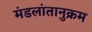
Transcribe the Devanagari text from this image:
मंडलांतानुक्रम